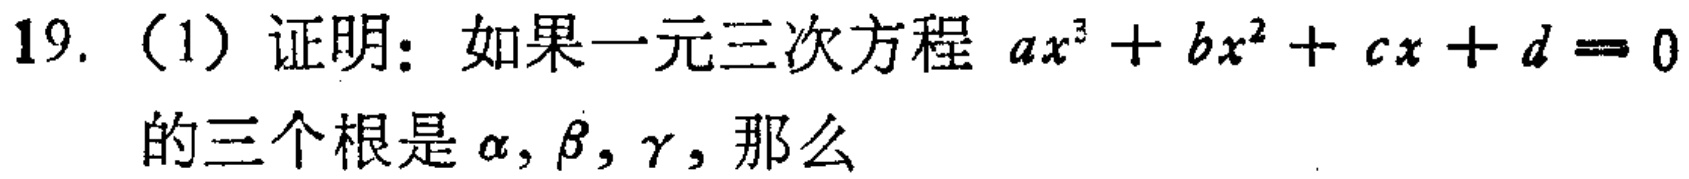
19. （1）证明：如果一元三次方程 \(ax^{3}+bx^{2}+cx + d = 0\) 的三个根是 \(\alpha,\beta,\gamma\)，那么